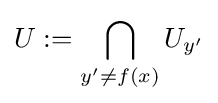
U:=\bigcap _{y'\neq f(x)}U_{y'}